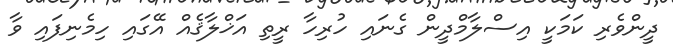
ދީންވެރި ކަމަކީ އިސްލާމްދީން ގެނައި ހުރިހާ ރީތި އަޚްލާޤެއް އޭގައި ހިމެނިފައި ވާ